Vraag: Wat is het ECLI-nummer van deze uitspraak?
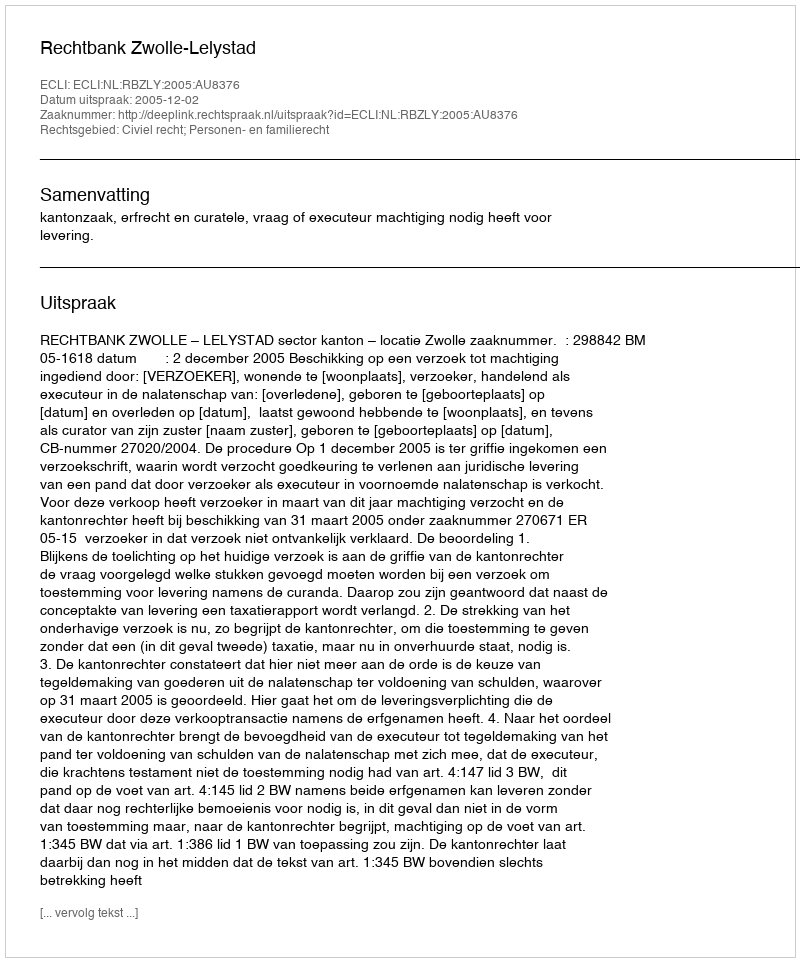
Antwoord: ECLI:NL:RBZLY:2005:AU8376